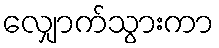
လျှောက်သွားကာ